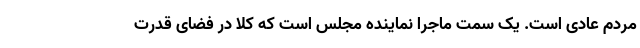
مردم عادی است. یک سمت ماجرا نماینده مجلس است که کلاً در فضای قدرت